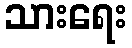
သားရေး